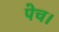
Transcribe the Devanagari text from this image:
पेच।